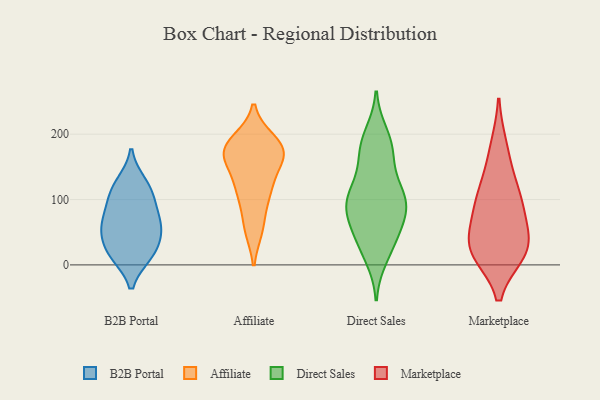
{"axis": {"x": "Churn Rate (%)", "y": "Value"}, "legend": ["Affiliate", "B2B Portal", "Direct Sales", "Marketplace"], "data": [{"x": "", "y": 126, "type": "B2B Portal"}, {"x": "", "y": 54, "type": "B2B Portal"}, {"x": "", "y": 95, "type": "B2B Portal"}, {"x": "", "y": 120, "type": "B2B Portal"}, {"x": "", "y": 16, "type": "B2B Portal"}, {"x": "", "y": 63, "type": "B2B Portal"}, {"x": "", "y": 15, "type": "B2B Portal"}, {"x": "", "y": 55, "type": "B2B Portal"}, {"x": "", "y": 73, "type": "B2B Portal"}, {"x": "", "y": 15, "type": "B2B Portal"}, {"x": "", "y": 102, "type": "B2B Portal"}, {"x": "", "y": 41, "type": "B2B Portal"}, {"x": "", "y": 190, "type": "Affiliate"}, {"x": "", "y": 55, "type": "Affiliate"}, {"x": "", "y": 172, "type": "Affiliate"}, {"x": "", "y": 177, "type": "Affiliate"}, {"x": "", "y": 189, "type": "Affiliate"}, {"x": "", "y": 57, "type": "Affiliate"}, {"x": "", "y": 98, "type": "Affiliate"}, {"x": "", "y": 173, "type": "Affiliate"}, {"x": "", "y": 169, "type": "Affiliate"}, {"x": "", "y": 161, "type": "Affiliate"}, {"x": "", "y": 123, "type": "Affiliate"}, {"x": "", "y": 124, "type": "Affiliate"}, {"x": "", "y": 168, "type": "Affiliate"}, {"x": "", "y": 113, "type": "Affiliate"}, {"x": "", "y": 122, "type": "Direct Sales"}, {"x": "", "y": 90, "type": "Direct Sales"}, {"x": "", "y": 97, "type": "Direct Sales"}, {"x": "", "y": 181, "type": "Direct Sales"}, {"x": "", "y": 92, "type": "Direct Sales"}, {"x": "", "y": 78, "type": "Direct Sales"}, {"x": "", "y": 199, "type": "Direct Sales"}, {"x": "", "y": 110, "type": "Direct Sales"}, {"x": "", "y": 188, "type": "Direct Sales"}, {"x": "", "y": 28, "type": "Direct Sales"}, {"x": "", "y": 165, "type": "Direct Sales"}, {"x": "", "y": 109, "type": "Direct Sales"}, {"x": "", "y": 101, "type": "Direct Sales"}, {"x": "", "y": 167, "type": "Direct Sales"}, {"x": "", "y": 30, "type": "Direct Sales"}, {"x": "", "y": 12, "type": "Direct Sales"}, {"x": "", "y": 68, "type": "Direct Sales"}, {"x": "", "y": 65, "type": "Direct Sales"}, {"x": "", "y": 46, "type": "Direct Sales"}, {"x": "", "y": 42, "type": "Marketplace"}, {"x": "", "y": 89, "type": "Marketplace"}, {"x": "", "y": 24, "type": "Marketplace"}, {"x": "", "y": 181, "type": "Marketplace"}, {"x": "", "y": 19, "type": "Marketplace"}, {"x": "", "y": 91, "type": "Marketplace"}, {"x": "", "y": 137, "type": "Marketplace"}, {"x": "", "y": 29, "type": "Marketplace"}, {"x": "", "y": 98, "type": "Marketplace"}, {"x": "", "y": 20, "type": "Marketplace"}]}